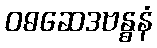
ဝဓဆေဒဗန္ဓနံ